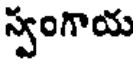
స్వంగాయ